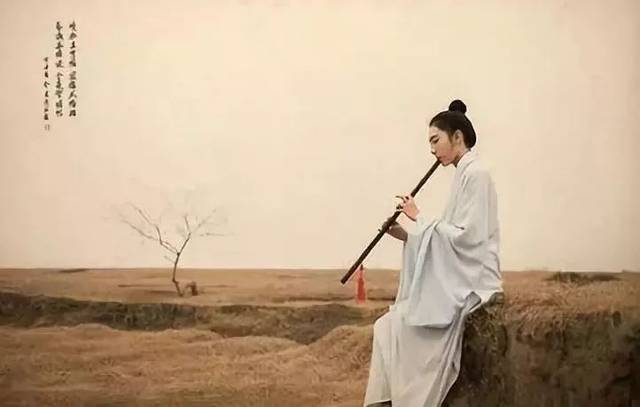
记少年骏马走韩卢，掀东郭。